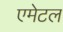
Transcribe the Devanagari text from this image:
एमेटल